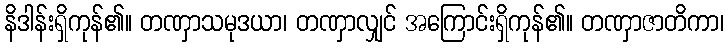
နိဒါန်းရှိကုန်၏။ တဏှာသမုဒယာ၊ တဏှာလျှင် အကြောင်းရှိကုန်၏။ တဏှာဇာတိကာ၊